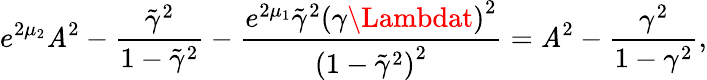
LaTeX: e^{2\mu_{2}}\mathit{A}^{2}-\frac{{\tilde{{\gamma}}^{2}}}{{1-\tilde{{\gamma}}^{2}}}-\frac{{e^{2\mu_{1}}\tilde{{\gamma}}^{2}\left(\gamma\Lambdat\right)^{2}}}{{\left(1-\tilde{{\gamma}}^{2}\right)^{2}}}=\mathit{A}^{2}-\frac{{\gamma^{2}}}{{1-\gamma^{2}}},